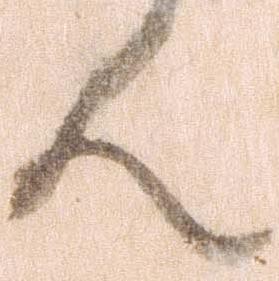
ん